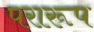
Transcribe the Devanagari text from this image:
परारूप